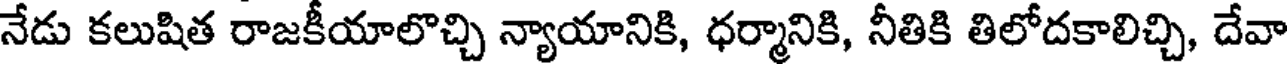
నేడు కలుషిత రాజకీయాలొచ్చి న్యాయానికి, ధర్మానికి, నీతికి తిలోదకాలిచ్చి, దేవా